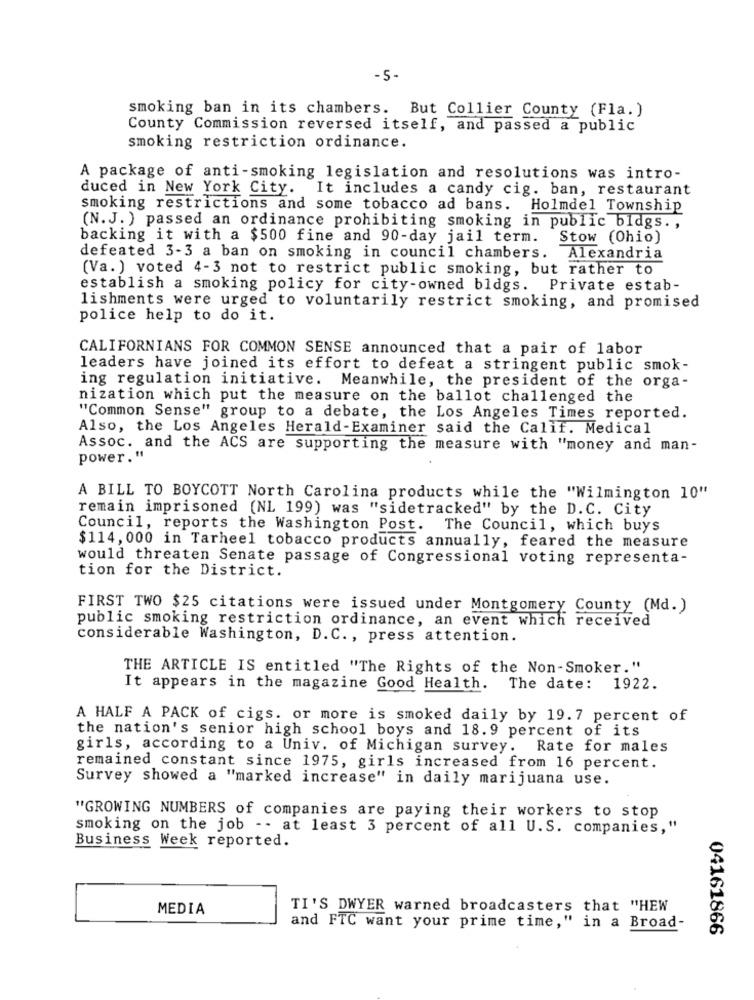
-5-
smoking ban in its chambers. But Collier County (Fla. )
County Commission reversed itself, and passed a public
smoking restriction ordinance.
A package of anti-smoking legislation and resolutions was intro-
duced in New York City. It includes a candy cig. ban, restaurant
smoking restrictions and some tobacco ad bans. Holmdel Township
(N.J. ) passed an ordinance prohibiting smoking in public bldgs. ,
backing it with a $500 fine and 90-day jail term.
Stow (Ohio)
defeated 3-3 a ban on smoking in council chambers. Alexandria
(Va.) voted 4-3 not to restrict public smoking, but rather to
establish a smoking policy for city-owned bldgs. Private estab-
lishments were urged to voluntarily restrict smoking, and promised
police help to do it.
CALIFORNIANS FOR COMMON SENSE announced that a pair of labor
leaders have joined its effort to defeat a stringent public smok-
ing regulation initiative. Meanwhile, the president of the orga-
nization which put the measure on the ballot challenged the
"Common Sense" group to a debate, the Los Angeles Times reported.
Also, the Los Angeles Herald-Examiner said the Calif. Medical
Assoc. and the ACS are supporting the measure with "money and man-
power."
A BILL TO BOYCOTT North Carolina products while the "Wilmington 10"
remain imprisoned (NL 199) was "sidetracked" by the D.C. City
Council, reports the Washington Post. The Council, which buys
$114, 000 in Tarheel tobacco products annually, feared the measure
would threaten Senate passage of Congressional voting representa-
tion for the District.
FIRST TWO $25 citations were issued under Montgomery County (Md.)
public smoking restriction ordinance, an event which received
considerable Washington, D.C ., press attention.
THE ARTICLE IS entitled "The Rights of the Non-Smoker."
It appears in the magazine Good Health. The date: 1922.
A HALF A PACK of cigs. or more is smoked daily by 19.7 percent of
the nation's senior high school boys and 18.9 percent of its
girls, according to a Univ. of Michigan survey. Rate for males
remained constant since 1975, girls increased from 16 percent.
Survey showed a "marked increase" in daily marijuana use.
"GROWING NUMBERS of companies are paying their workers to stop
smoking on the job -- at least 3 percent of all U.S. companies,"
Business Week reported.
MEDIA
TI'S DWYER warned broadcasters that "HEW
and FTC want your prime time," in a Broad-
04161866